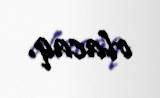
olacaq.